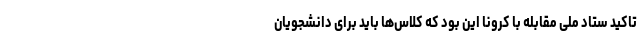
تاکید ستاد ملی مقابله با کرونا این بود که کلاس‌ها باید برای دانشجویان